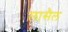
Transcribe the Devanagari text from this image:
लासैल